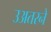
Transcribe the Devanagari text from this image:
उअतरने